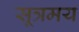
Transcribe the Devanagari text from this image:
सूत्रमय